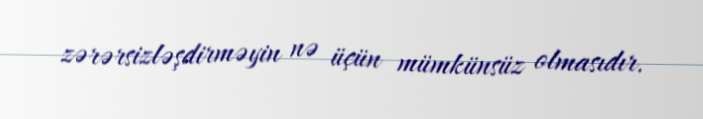
zərərsizləşdirməyin nə üçün mümkünsüz olmasıdır.